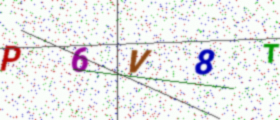
Text: P6V8T